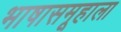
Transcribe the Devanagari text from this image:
भाषासमूहाला